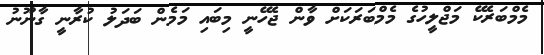
މެމްބަރެކޭ މަޖްލީހުގެ މެމްބަރަކަށް ވާން ޖެހޭނީ މިބައި މަމެން ބަދަލު ކުރާނީ ގާނޫނު